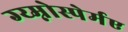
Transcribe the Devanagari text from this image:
ग्य्म्नोस्पेर्मए